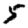
Digit: 5